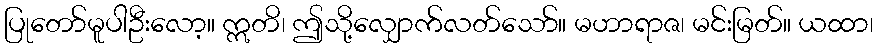
ပြုတော်မူပါဦးလော့။ ဣတိ၊ ဤသို့လျှောက်လတ်သော်။ မဟာရာဇ၊ မင်းမြတ်။ ယထာ၊